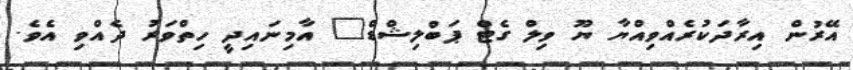
އޭރުން އިރާދަކުރެއްވިއްޔާ ޔޫ ވިލް ގެޓް ޕަބްލިޝްޑް" އާމިނައިދީ ހިތްވަރު ދެއްވި އެވެ.